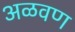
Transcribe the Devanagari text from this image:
अळवण